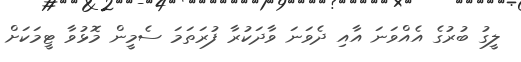
ލީގު ބުރުގެ އެއްވަނަ އާއި ދެވަނަ ވާދަކުރާ ފުރަތަމަ ސެމީން މޮޅުވާ ޓީމަކަށް